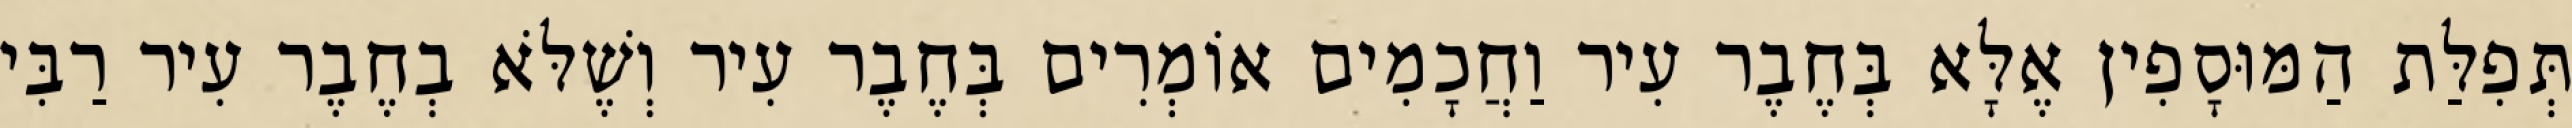
תְּפִלַּת הַמּוּסָפִין אֶלָּא בְּחֶבֶר עִיר וַחֲכָמִים אוֹמְרִים בְּחֶבֶר עִיר וְשֶׁלֹּא בְחֶבֶר עִיר רַבִּי